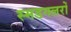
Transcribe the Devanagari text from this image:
स्मडगलरों